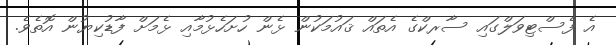
އެ ފެސްޓިވަލްގައި ސާރކްގެ އެތައް ޤައުމަކުން ޅެން ހުށަހެޅުމާއި ޅެމަށް ފާޑުކިޔުން އޮތެވެ.